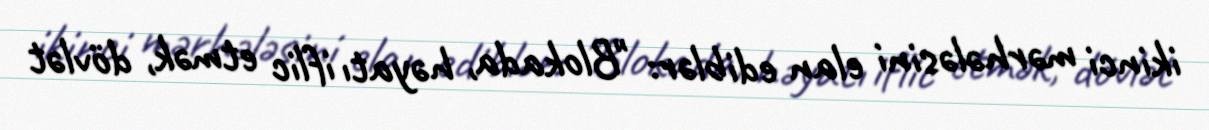
ikinci mərhələsini elan ediblər: "Blokada, həyatı iflic etmək, dövlət